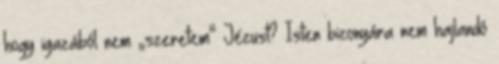
hogy igazából nem „szeretem” Jézust? Isten bizonyára nem hajlandó